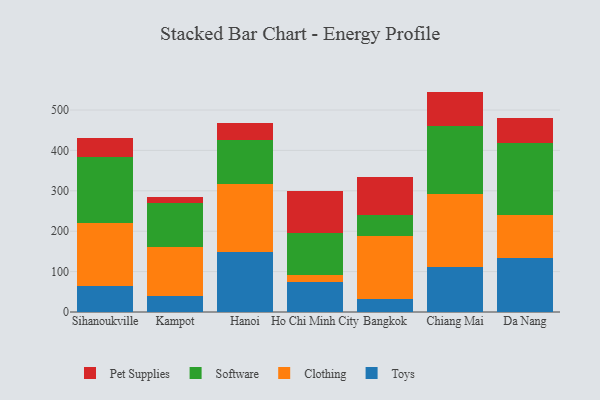
{"axis": {"x": "City", "y": "LTV (USD)"}, "legend": ["Clothing", "Pet Supplies", "Software", "Toys"], "data": [{"x": "Sihanoukville", "y": 63.9, "type": "Toys"}, {"x": "Sihanoukville", "y": 156.5, "type": "Clothing"}, {"x": "Sihanoukville", "y": 162.7, "type": "Software"}, {"x": "Sihanoukville", "y": 47.1, "type": "Pet Supplies"}, {"x": "Kampot", "y": 39.6, "type": "Toys"}, {"x": "Kampot", "y": 121.6, "type": "Clothing"}, {"x": "Kampot", "y": 107.9, "type": "Software"}, {"x": "Kampot", "y": 16.7, "type": "Pet Supplies"}, {"x": "Hanoi", "y": 149.6, "type": "Toys"}, {"x": "Hanoi", "y": 167.0, "type": "Clothing"}, {"x": "Hanoi", "y": 108.1, "type": "Software"}, {"x": "Hanoi", "y": 44.1, "type": "Pet Supplies"}, {"x": "Ho Chi Minh City", "y": 75.4, "type": "Toys"}, {"x": "Ho Chi Minh City", "y": 17.4, "type": "Clothing"}, {"x": "Ho Chi Minh City", "y": 101.8, "type": "Software"}, {"x": "Ho Chi Minh City", "y": 105.6, "type": "Pet Supplies"}, {"x": "Bangkok", "y": 31.5, "type": "Toys"}, {"x": "Bangkok", "y": 157.4, "type": "Clothing"}, {"x": "Bangkok", "y": 50.2, "type": "Software"}, {"x": "Bangkok", "y": 95.6, "type": "Pet Supplies"}, {"x": "Chiang Mai", "y": 112.2, "type": "Toys"}, {"x": "Chiang Mai", "y": 179.6, "type": "Clothing"}, {"x": "Chiang Mai", "y": 168.6, "type": "Software"}, {"x": "Chiang Mai", "y": 85.2, "type": "Pet Supplies"}, {"x": "Da Nang", "y": 134.0, "type": "Toys"}, {"x": "Da Nang", "y": 105.5, "type": "Clothing"}, {"x": "Da Nang", "y": 178.0, "type": "Software"}, {"x": "Da Nang", "y": 62.8, "type": "Pet Supplies"}]}